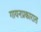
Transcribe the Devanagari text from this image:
गायनप्रकारात